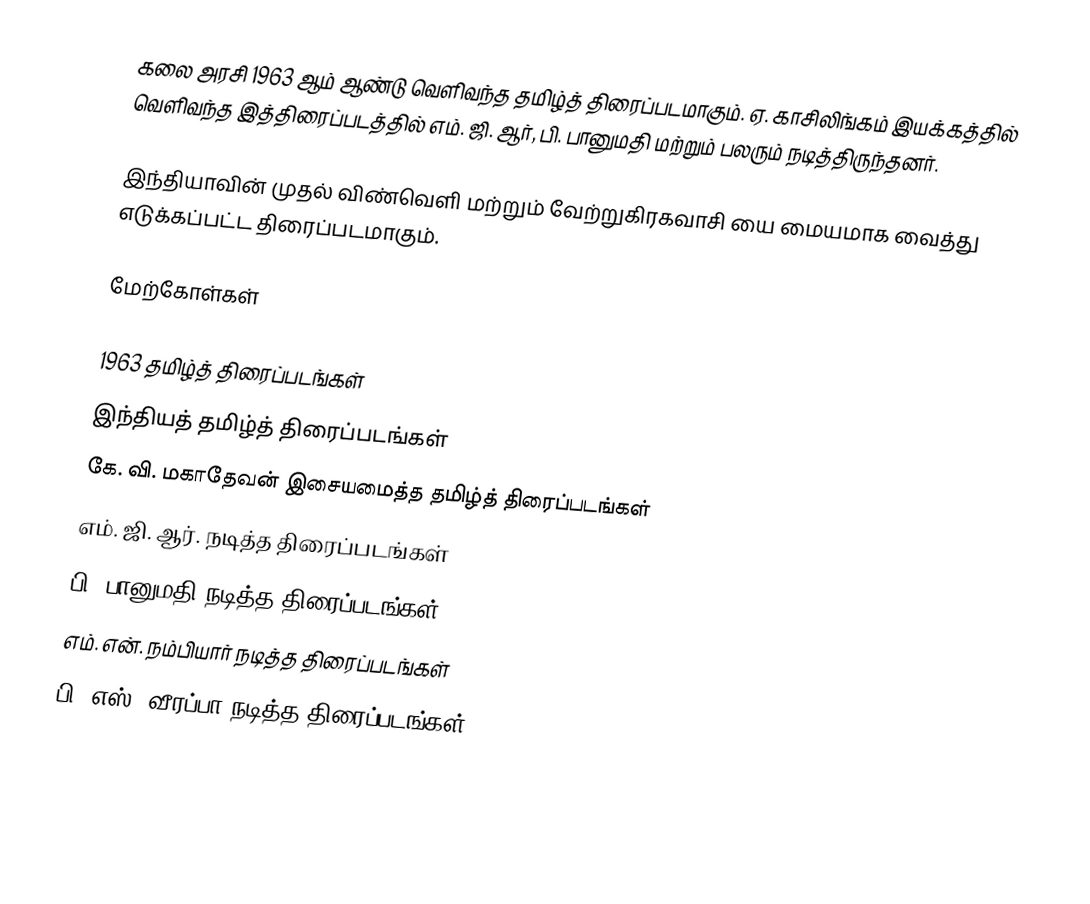
கலை அரசி 1963 ஆம் ஆண்டு வெளிவந்த தமிழ்த் திரைப்படமாகும். ஏ. காசிலிங்கம் இயக்கத்தில் வெளிவந்த இத்திரைப்படத்தில் எம். ஜி. ஆர், பி. பானுமதி மற்றும் பலரும் நடித்திருந்தனர்.

இந்தியாவின் முதல் விண்வெளி மற்றும் வேற்றுகிரகவாசி யை மையமாக வைத்து எடுக்கப்பட்ட திரைப்படமாகும்.

மேற்கோள்கள்

1963 தமிழ்த் திரைப்படங்கள்
இந்தியத் தமிழ்த் திரைப்படங்கள்
கே. வி. மகாதேவன் இசையமைத்த தமிழ்த் திரைப்படங்கள்
எம். ஜி. ஆர். நடித்த திரைப்படங்கள்
பி. பானுமதி நடித்த திரைப்படங்கள்
எம். என். நம்பியார் நடித்த திரைப்படங்கள்
பி. எஸ். வீரப்பா நடித்த திரைப்படங்கள்